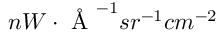
n W \cdot \textup { \r { A } } ^ { - 1 } s r ^ { - 1 } c m ^ { - 2 }